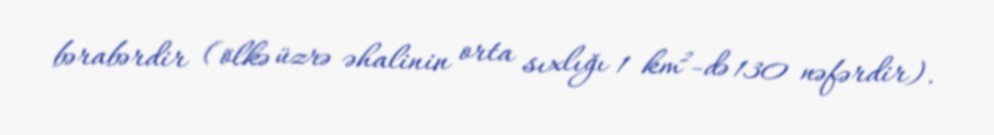
bərabərdir (ölkə üzrə əhalinin orta sıxlığı 1 km²-də 130 nəfərdir).